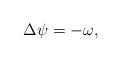
LaTeX: \begin{align*}\Delta \psi=-\omega,\end{align*}